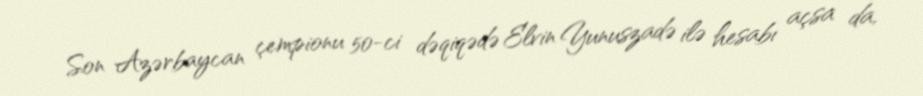
Son Azərbaycan çempionu 50-ci dəqiqədə Elvin Yunuszadə ilə hesabı açsa da,